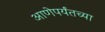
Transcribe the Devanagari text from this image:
आणेपर्यंतच्या